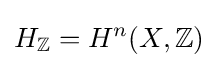
H_{\mathbb {Z} }=H^{n}(X,\mathbb {Z} )